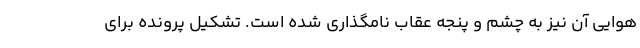
هوایی آن نیز به چشم و پنجه عقاب نامگذاری شده است. تشکیل پرونده برای